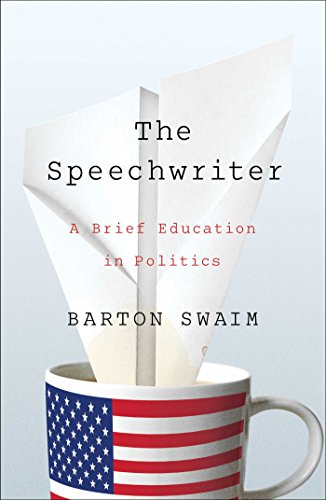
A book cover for The Speechwriter: A Brief Education in Politics; Barton Swaim; Biographies & Memoirs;